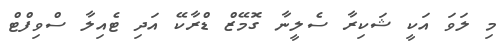
މި ލަވަ އަކީ ޝަކިރާ ސެލީނާ ގޮމޭޒް ޑްރާކޭ އަދި ޓެއިލާ ސްވިފްޓް